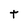
Character: t